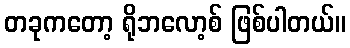
တခုကတော့ ရိုဘလော့စ် ဖြစ်ပါတယ်။